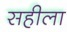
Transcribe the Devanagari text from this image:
सहीला